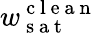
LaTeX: w_{\mathrm{~s~a~t~}}^{\mathrm{~c~l~e~a~n~}}